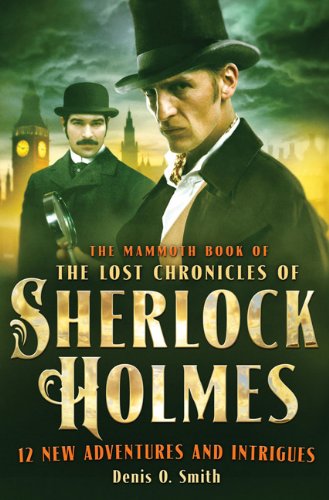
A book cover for The Mammoth Book of the Lost Chronicles of Sherlock Holmes; Denis O. Smith; Mystery, Thriller & Suspense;